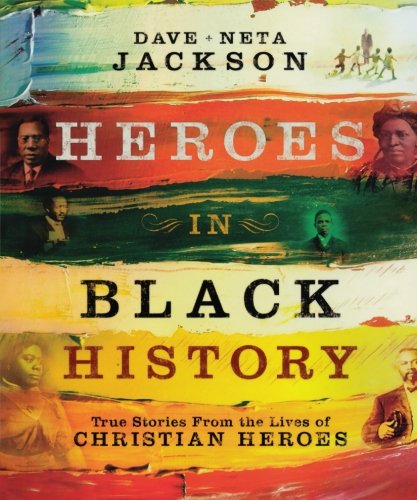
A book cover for Heroes in Black History: True Stories from the Lives of Christian Heroes; Dave Jackson; Teen & Young Adult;